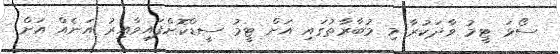
ސޯޅަ ޓީމު ވާދަކުރާ މި މުބާރާތުގައި އަށް ޓީމު ސީޑްކޮށްފައިވާއިރު އަނެއް އަށް